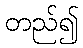
တည်၍